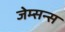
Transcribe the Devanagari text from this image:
जेम्सन्स